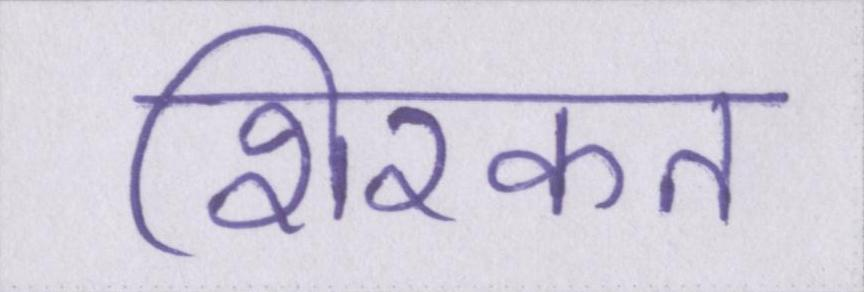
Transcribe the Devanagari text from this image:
शिरकत